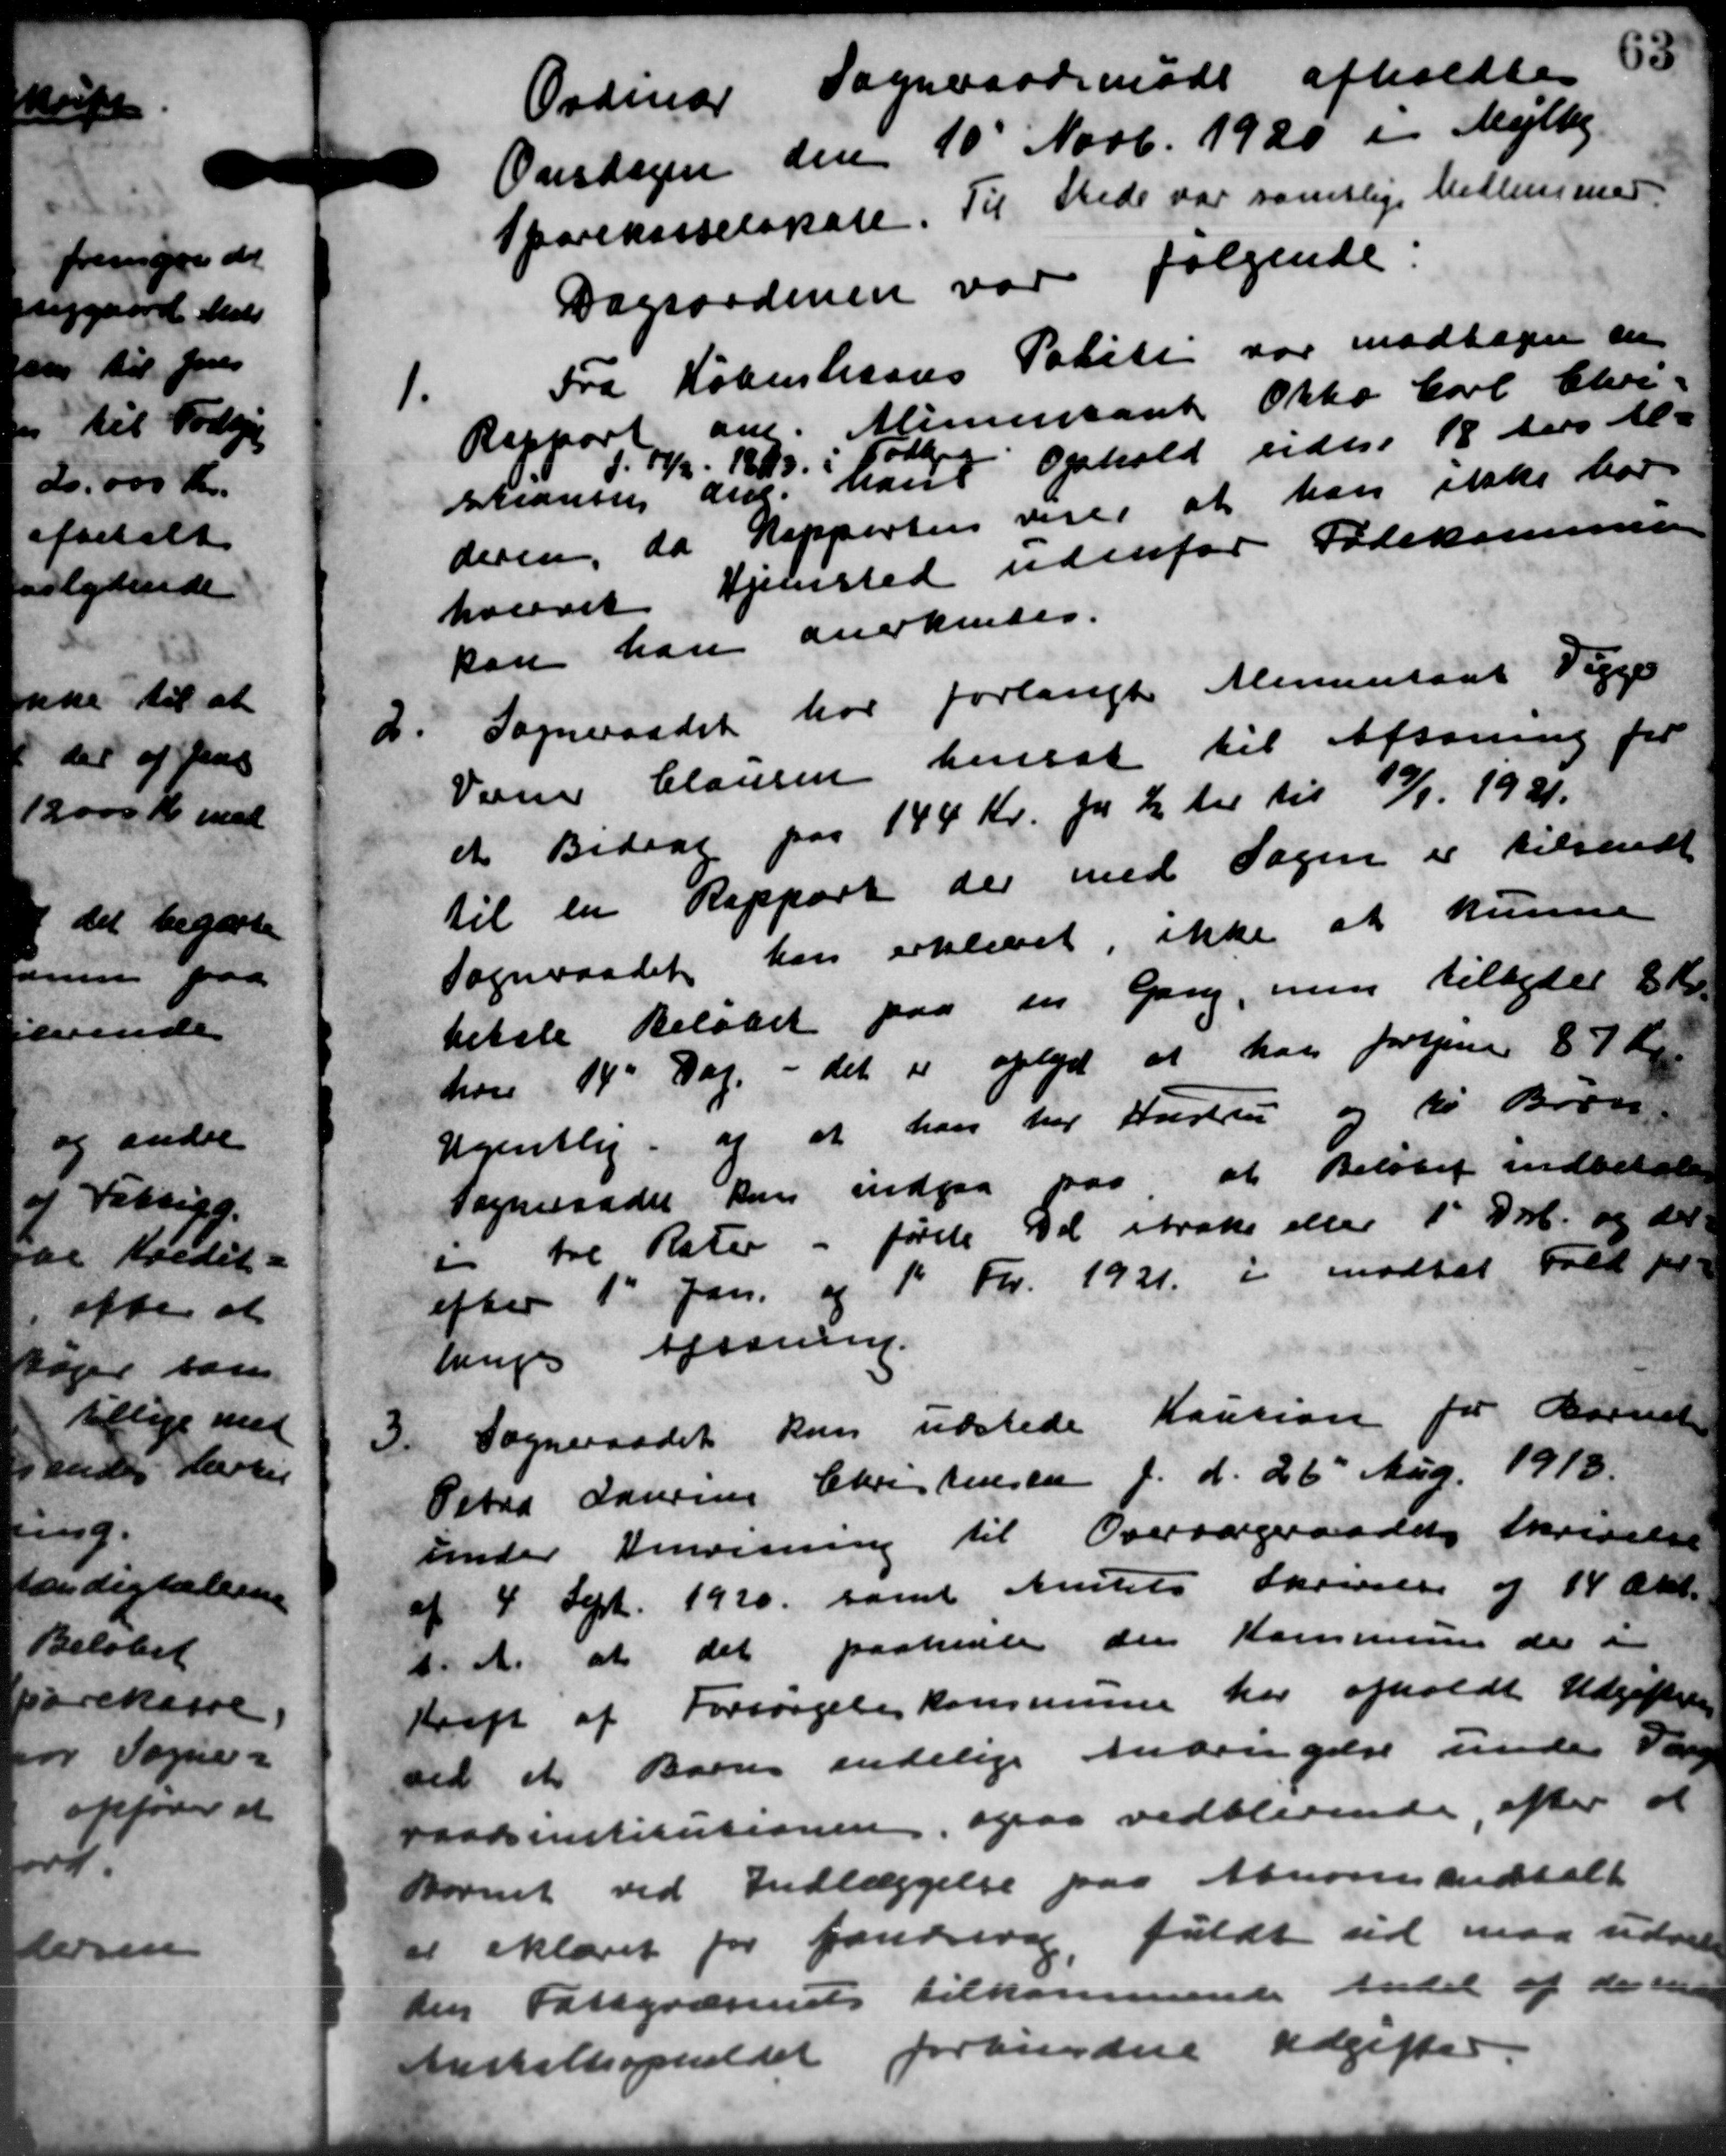
Transskription:
Ordinær Sogneraadsmøde afholdtes
Onsdagen den 10´ Novb. 1920 i Mejlby.
Sparekasselokale. Til Stede var samtlige Medlemmer
Dagsordenen var følgende:
1.
Fra Københavns Politi var modtagen en
Rapport am. Alimentant Otto Carl Chri-
stiansen den hans Ophold udtil 18 dens Al-
17/2 1893. 10 lage
deren, da Rapporten viser at han ikke har
hvervet Hjelmested udenfor Fødekommen
kan han anerkendes.
Sogneraadet har forlangte Alimentant Segge
Varer Clausen hensat til Afsoning for
et Bidrag paa 144 Kr. pr. Kr til til 17/1 1931.
til en Rapport der med Sagen er tilsendt
Sogneraadet kan erklæret, ikke at kunne
betale Beløbet paa en Gang, men tilbydes 8 Kr.
hver 14 Dag - det er oplyst at han fortjene 87 Kr.
Ugentlig og at han har Hustru og til Bror
Sogneraadet kan indgaa paa at Beløbet indbetale
tre Rater - første Del straks eller 1' Deb. og der
efter 1' Jan. af 1 Fv. 1921 i modtet Fald for
lings Afsoning.
3.
Sogneraadet kun udstede Kaution for Barnet
Petra Lauring Christensen f. d. 26' Aug. 1918.
under Henvisning til Oversargeraadets Skrivelse
af 4 Sept. 1920 samt Amtets Skovsel af 14 Okt.
d. A. at det paahente den Kommune der e
Krap af Forsørgelse kommune her afholdt Udgiftelsen
ved et Barn endelige Anbringelse under Vang
raadsinstitutionen ogsaa vedblerende efter at
Bornet ved Indlæggelse paa Abnor indtalt
er iklæret for fantrine, fuldt ud maa udvil
din Fattigvæsenets tilkommende Andel af der en
Anskatteopholdet forbundne Udgifter
2.